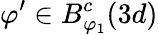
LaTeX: \varphi^{\prime}\in B_{\varphi_{1}}^{c}(3d)